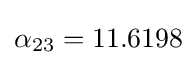
\alpha _{23}=11.6198